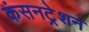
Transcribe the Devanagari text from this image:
कंसनट्रेशन